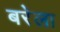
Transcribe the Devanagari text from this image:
बरेला